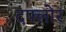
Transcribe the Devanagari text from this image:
दफ्लोर